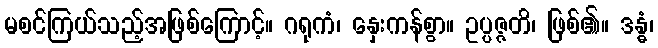
မစင်ကြယ်သည့်အဖြစ်ကြောင့်။ ဂရုကံ၊ နှေးကန်စွာ။ ဥပ္ပဇ္ဇတိ၊ ဖြစ်၏။ ဒန္ဓံ၊